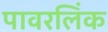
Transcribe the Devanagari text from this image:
पावरलिंक